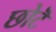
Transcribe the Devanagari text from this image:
छोटॆ